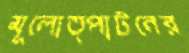
মূলোত্পাটনের